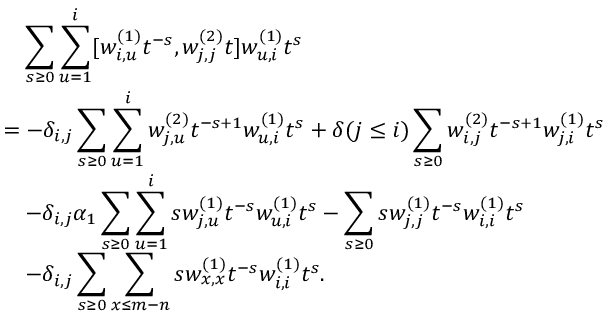
\begin{array} { r l } & { \quad \displaystyle \sum _ { s \geq 0 } \displaystyle \sum _ { u = 1 } ^ { i } [ w _ { i , u } ^ { ( 1 ) } t ^ { - s } , w _ { j , j } ^ { ( 2 ) } t ] w _ { u , i } ^ { ( 1 ) } t ^ { s } } \\ & { = - \delta _ { i , j } \displaystyle \sum _ { s \geq 0 } \sum _ { u = 1 } ^ { i } w _ { j , u } ^ { ( 2 ) } t ^ { - s + 1 } w _ { u , i } ^ { ( 1 ) } t ^ { s } + \delta ( j \leq i ) \displaystyle \sum _ { s \geq 0 } w _ { i , j } ^ { ( 2 ) } t ^ { - s + 1 } w _ { j , i } ^ { ( 1 ) } t ^ { s } } \\ & { \quad - \delta _ { i , j } \alpha _ { 1 } \displaystyle \sum _ { s \geq 0 } \sum _ { u = 1 } ^ { i } s w _ { j , u } ^ { ( 1 ) } t ^ { - s } w _ { u , i } ^ { ( 1 ) } t ^ { s } - \displaystyle \sum _ { s \geq 0 } s w _ { j , j } ^ { ( 1 ) } t ^ { - s } w _ { i , i } ^ { ( 1 ) } t ^ { s } } \\ & { \quad - \delta _ { i , j } \displaystyle \sum _ { s \geq 0 } \sum _ { x \leq m - n } s w _ { x , x } ^ { ( 1 ) } t ^ { - s } w _ { i , i } ^ { ( 1 ) } t ^ { s } . } \end{array}